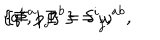
\{ q ^ { i } , p _ { j } \} = \delta _ { \; j } ^ { i } , \hspace { 1 . 6 i n } \{ \Phi ^ { a } , \Phi ^ { b } \} = \omega ^ { a b } ,